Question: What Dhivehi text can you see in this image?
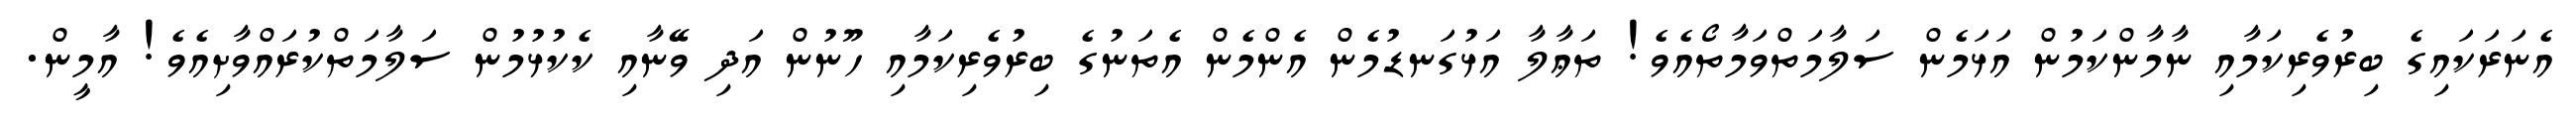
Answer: އެނަރަކައިގެ ބިރުވެރިކަމާއި ނާމާންކަމުން އަޅަމެން ސަލާމަތްވަމާތޯއެވެ! ތަޢާލާ އަޅުގަނޑުމެން އެންމެން އެތަނުގެ ބިރުވެރިކަމާއި ހޫނުން އަދި ވޭނާއި ކެކުޅުމުން ސަލާމަތްކުރައްވާށިއެވެ! އާމީން.